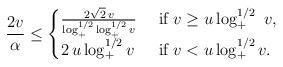
LaTeX: \begin{align*}\frac{2v}{\alpha} \leq \begin{cases}\frac{2\sqrt{2}\,v}{\log^{1/2}_+\log^{1/2}_+ v} &\mbox{ if } v \geq u \log^{1/2}_+\ v,\\2\,{u \log_+^{1/2} v} &\mbox{ if } v < u \log^{1/2}_+ v.\end{cases}\end{align*}